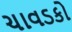
ચાવડકો